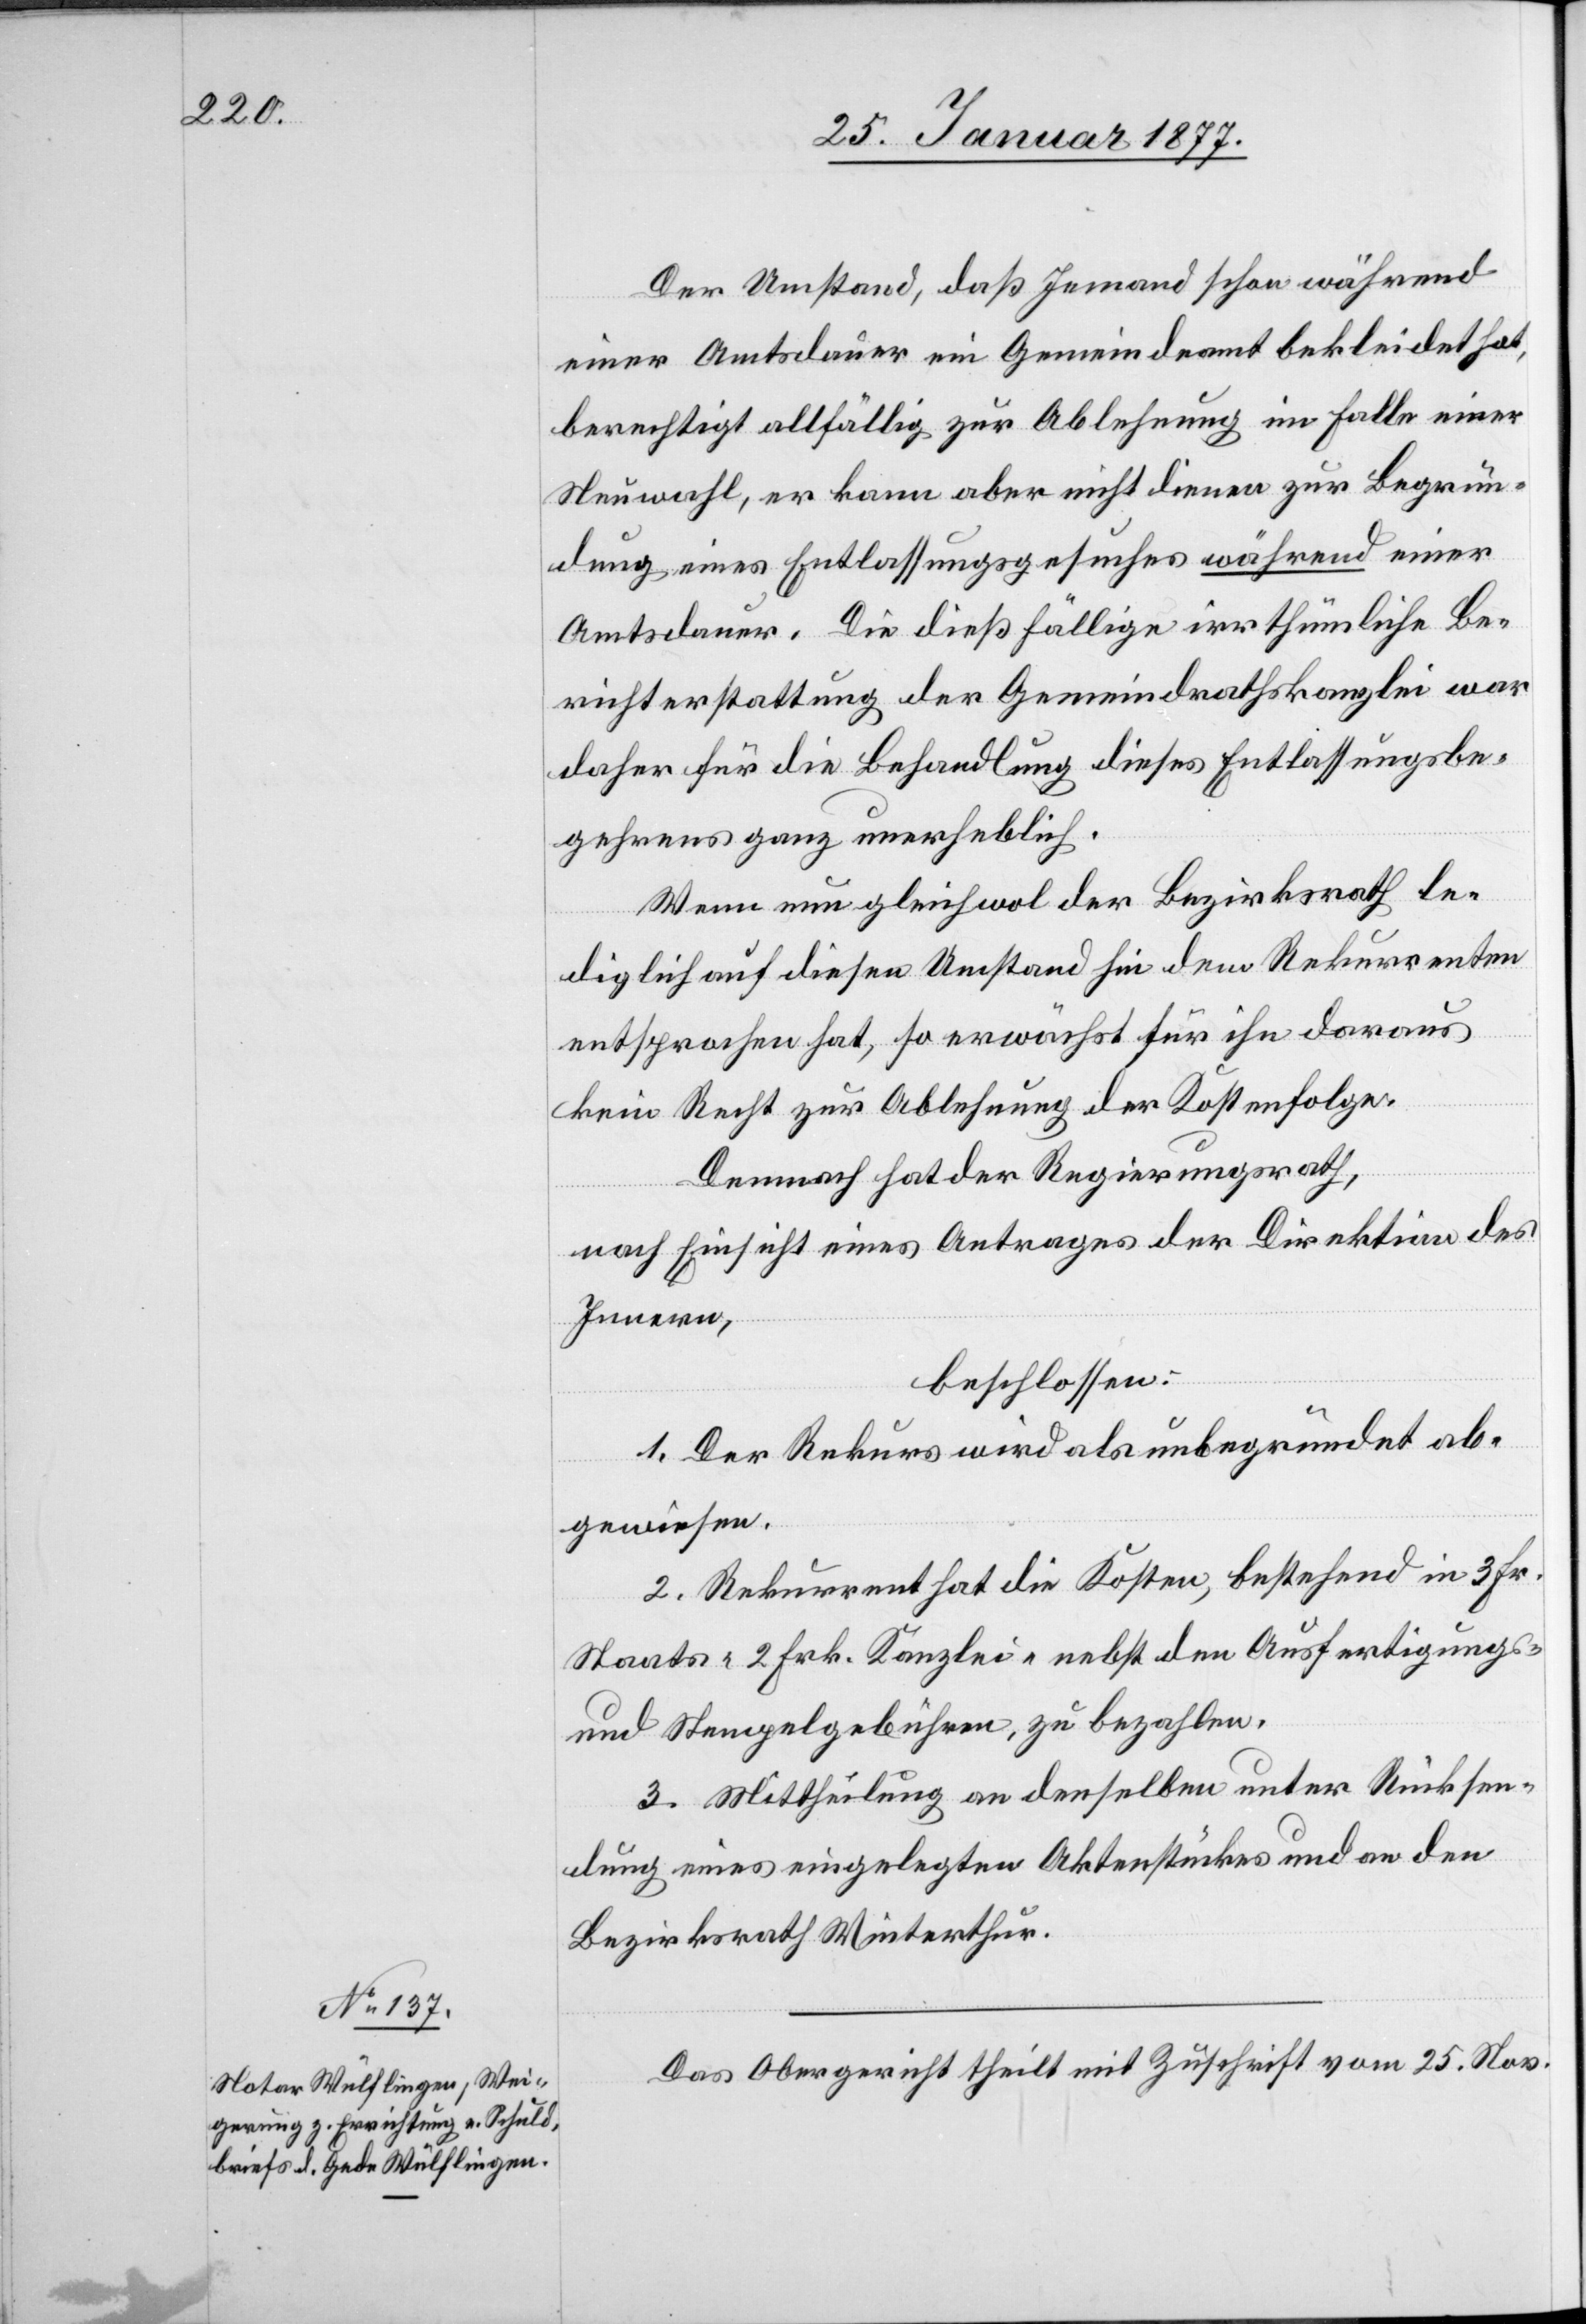
Der Umstand, daß Jemand schon während
einer Amtsdauer ein Gemeindeamt bekleidet hat,
berechtigt allfällig zur Ablehnung im Falle einer
Neuwahl, er kann aber nicht dienen zur Begrün¬
dung eines Entlassungsgesuches während einer
Amtsdauer. Die dießfällige irrthümliche Be¬
richterstattung der Gemeindrathskanzlei war
daher für die Behandlung dieses Entlassungsbe¬
gehrens ganz unerheblich.
Wenn nun gleichwol der Bezirksrath le¬
diglich auf diesen Umstand hin dem Rekurrenten
entsprochen hat, so erwächst für ihn daraus
kein Recht zu Ablehnung der Kostenfolge.
Demnach hat der Regierungsrath,
nach Einsicht eines Antrages der Direktion des
Innern,
beschlossen:
1. Der Rekurs wird als unbegründet ab¬
gewiesen.
2. Rekurrent hat die Kosten, bestehend in 3 Frk.
Staats-[,] 2 Frk. Kanzlei- nebst den Ausfertigungs-
und Stempelgebühren, zu bezahlen.
3. Mittheilung an denselben unter Rücksen¬
dung eines eingelegten Aktenstückes und an den
Bezirksrath Winterthur.
Das Obergericht theilt mit Zuschrift vom 25. Nov.